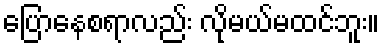
ပြောနေစရာလည်း လိုမယ်မထင်ဘူး။